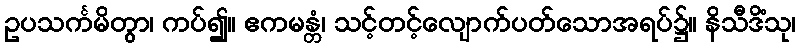
ဥပသင်္ကမိတွာ၊ ကပ်၍။ ဧကမန္တံ၊ သင့်တင့်လျောက်ပတ်သောအရပ်၌။ နိသီဒိံသု၊